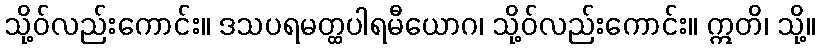
သို့ဝ်လည်းကောင်း။ ဒသပရမတ္ထပါရမီယောဂ၊ သို့ဝ်လည်းကောင်း။ ဣတိ၊ သို့။